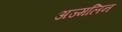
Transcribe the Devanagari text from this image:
अज्मलिन